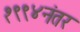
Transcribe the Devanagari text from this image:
१९९४नंतर